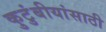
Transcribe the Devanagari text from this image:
कुटुंबीयांसाठी